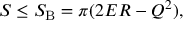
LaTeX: S \le S _ { \mathrm { B } } = \pi ( 2 E R - Q ^ { 2 } ) ,